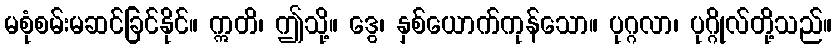
မစုံစမ်းမဆင်ခြင်နိုင်။ ဣတိ၊ ဤသို့။ ဒွေ၊ နှစ်ယောက်ကုန်သော။ ပုဂ္ဂလာ၊ ပုဂ္ဂိုလ်တို့သည်။